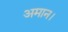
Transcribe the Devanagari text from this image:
अमान।